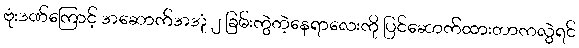
ဗုံးဒဏ်ကြောင့် အဆောက်အအုံ ၂ ခြမ်းကွဲတဲ့နေရာလေးကို ပြင်ဆောက်ထားတာကလွဲရင်